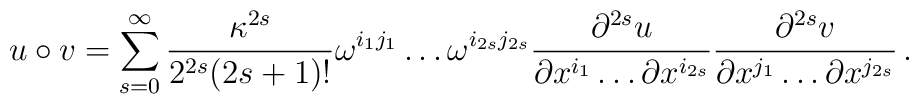
u \circ v = \sum_{s=0}^{\infty} {\kappa^{2s} \over 2^{2s}(2s+1)!}\omega^{i_1j_1} \ldots \omega^{i_{2s}j_{2s}}{\partial^{2s} u \over\partial x^{i_1} \ldots \partial x^{i_{2s}}}{\partial^{2s} v \over\partial x^{j_1} \ldots \partial x^{j_{2s}}}\,.